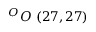
^ { O } O \ ( 2 7 , 2 7 )